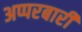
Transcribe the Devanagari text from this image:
अप्परबारी